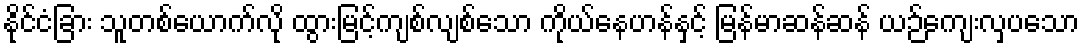
နိုင်ငံခြား သူတစ်ယောက်လို ထွားမြင့်ကျစ်လျစ်သော ကိုယ်နေဟန်နှင့် မြန်မာဆန်ဆန် ယဉ်ကျေးလှပသော